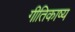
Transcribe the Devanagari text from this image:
गीतिकाष्य